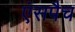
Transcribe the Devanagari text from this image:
एंसपैच